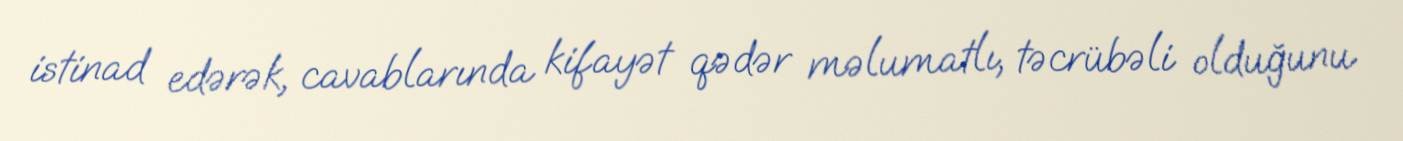
istinad edərək, cavablarında kifayət qədər məlumatlı, təcrübəli olduğunu